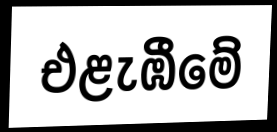
එළැඹීමේ